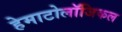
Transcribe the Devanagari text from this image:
हेमाटोलॉजिकल